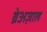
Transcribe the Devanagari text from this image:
ब्रेअज़ाल